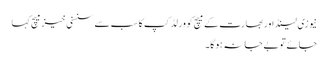
نیوزی لینڈ اور بھارت کے میچ کو ورلڈ کپ کا سب سے سنسنی خیز میچ کہا
جائے تو بے جا نہ ہوگا۔